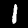
Label: 1